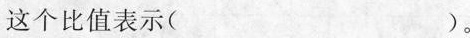
这个比值表示( )。